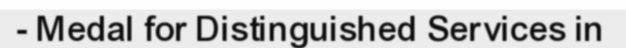
- Medal for Distinguished Services in